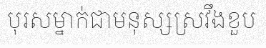
បុរសម្នាក់ជាមនុស្សស្រវឹងខួប